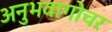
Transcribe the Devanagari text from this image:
अनुभवागोचर